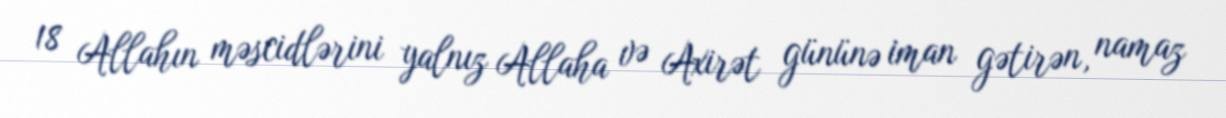
18 Allahın məscidlərini yalnız Allaha və Axirət gününə iman gətirən, namaz